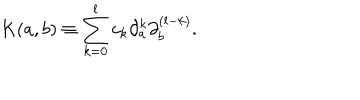
LaTeX: K ( a , b ) \equiv \sum _ { k = 0 } ^ { l } c _ { k } \partial _ { a } ^ { k } \partial _ { b } ^ { ( l - k ) } .